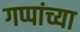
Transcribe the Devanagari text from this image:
गप्पांच्या